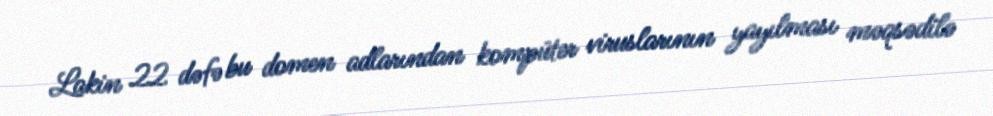
Lakin 22 dəfə bu domen adlarından kompüter viruslarının yayılması məqsədilə